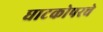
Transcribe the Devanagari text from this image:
घाटकोपरचे